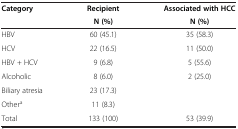
| Category | RecipientN (%) | Associated with HCCN (%) |
 | --- | --- | --- |
 | HBV | 60 (45.1) | 35 (58.3) |
 | HCV | 22 (16.5) | 11 (50.0) |
 | HBV + HCV | 9 (6.8) | 5 (55.6) |
 | Alcoholic | 8 (6.0) | 2 (25.0) |
 | Biliary atresia | 23 (17.3) |  |
 | Othera | 11 (8.3) |  |
 | Total | 133 (100) | 53 (39.9) |